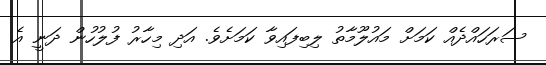
ސަރަހައްދެއް ކަމަށް މައުލޫމާތު ލިބިފައިވާ ކަމަށެވެ. އަދި މިހާރު ފުލުހުން ދަނީ އެ